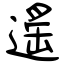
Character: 遙